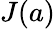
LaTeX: J(a)